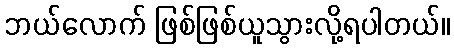
ဘယ်လောက် ဖြစ်ဖြစ်ယူသွားလို့ရပါတယ်။